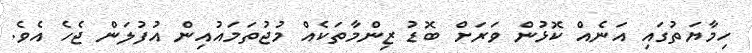
ހިމާޔަތުގައި އަނެއް ކޮޅުން ވަރަށް ބޮޑު ޒިންމާތަކެއް މުޖުތަމައުއިން އުފުލަން ޖެހެ އެވެ.